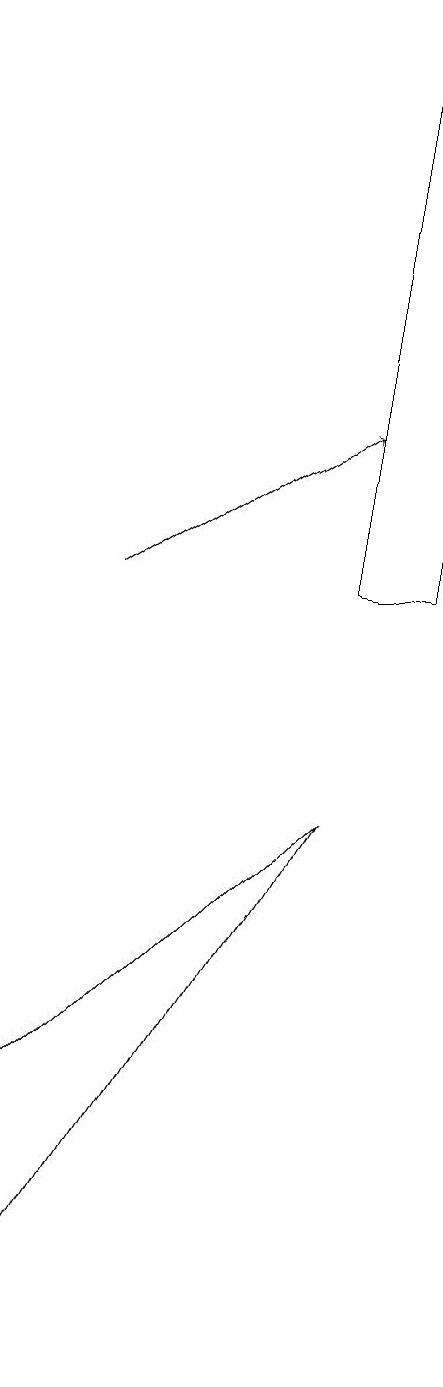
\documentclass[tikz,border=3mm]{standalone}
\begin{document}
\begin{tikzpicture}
\draw (5,19) rectangle (6,12);
\draw (1,5) -- (1,2) -- (5,9) -- cycle;
\draw[->] (2,12) -- (5,14);
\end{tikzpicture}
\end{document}